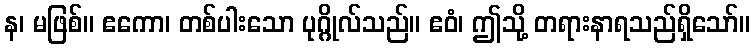
န၊ မဖြစ်။ ဧကော၊ တစ်ပါးသော ပုဂ္ဂိုလ်သည်။ ဧဝံ၊ ဤသို့ တရားနာရသည်ရှိသော်။